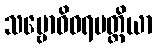
သမ္ဗောဓိဝရပတ္တိယာ